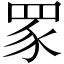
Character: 𬑔